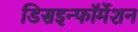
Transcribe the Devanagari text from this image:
डिसइन्फॉर्मेशन